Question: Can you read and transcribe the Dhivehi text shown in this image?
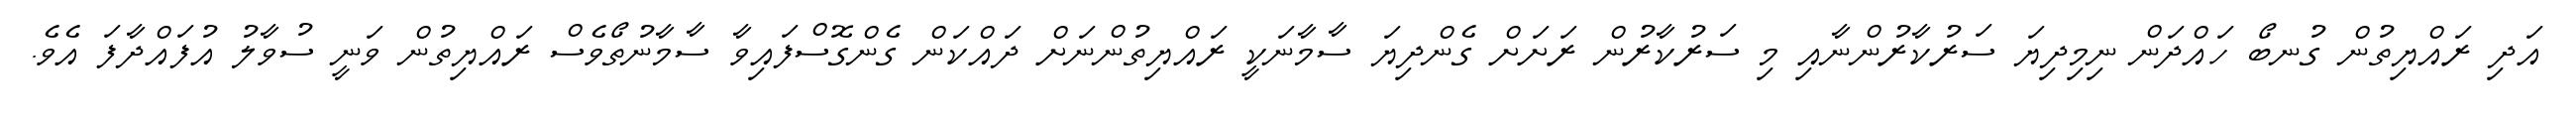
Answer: އަދި ރައްޔިތުން ގުނބޯ ހައްދަން ނިމިދިޔަ ސަރުކާރުންނާއި މި ސަރުކާރުން ރަށަށް ގެންދިޔަ ސާމާނަކީ ރައްޔިތުންނަށް ދައްކަން ގެންގޮސްފައިވާ ސާމާނުތޯވެސް ރައްޔިތުން ވަނީ ސުވާލު އުފައްދާފަ އެވެ.